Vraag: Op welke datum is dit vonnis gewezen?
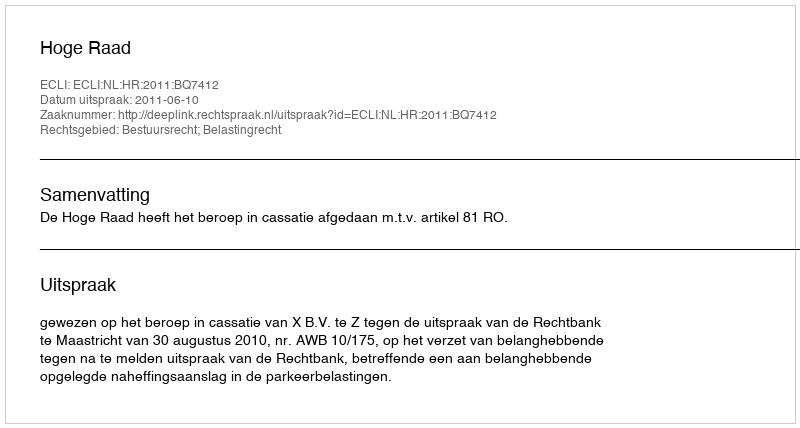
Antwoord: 2011-06-10